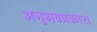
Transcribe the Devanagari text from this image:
अनुभवप्रकाश